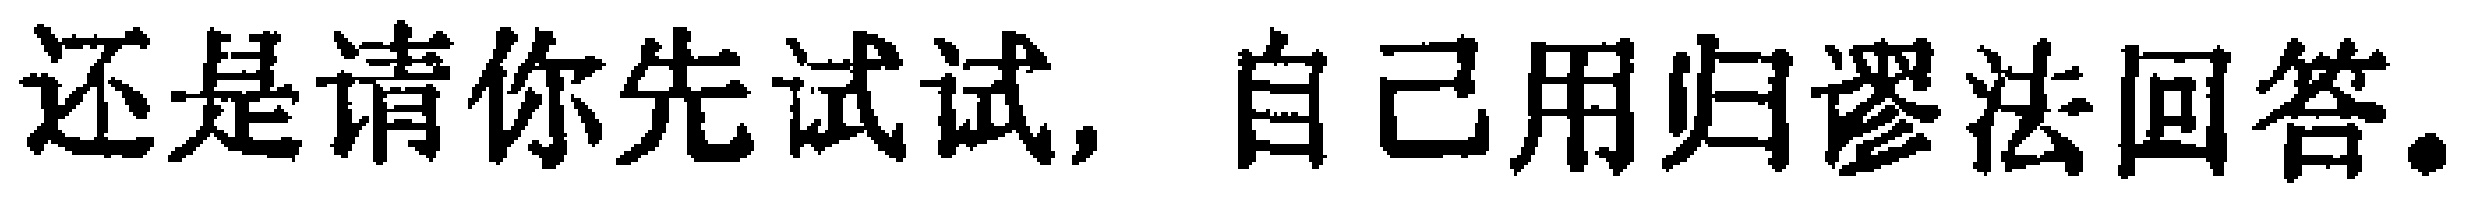
还是请你先试试，自己用归谬法回答。